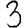
Digit: 3